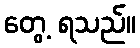
တွေ့ ရသည်။